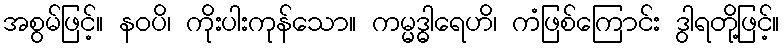
အစွမ်ဖြင့်။ နဝပိ၊ ကိုးပါးကုန်သော။ ကမ္မဒ္ဓါရေဟိ၊ ကံဖြစ်ကြောင်း ဒွါရတို့ဖြင့်။